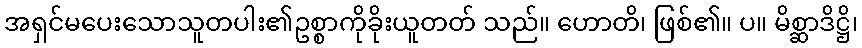
အရှင်မပေးသောသူတပါး၏ဥစ္စာကိုခိုးယူတတ် သည်။ ဟောတိ၊ ဖြစ်၏။ ပ။ မိစ္ဆာဒိဋ္ဌိ၊